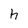
Character: h